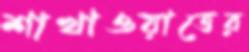
শাখাওয়াতের